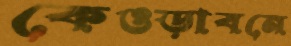
কেওড়াবনে